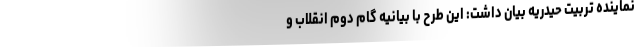
نماینده تربیت حیدریه بیان داشت: این طرح با بیانیه گام دوم انقلاب و